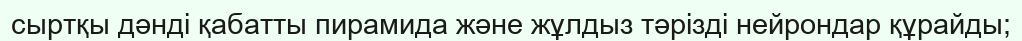
сыртқы дәнді қабатты пирамида және жұлдыз тәрізді нейрондар құрайды;